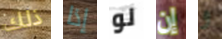
ذلك إذا لو إن و